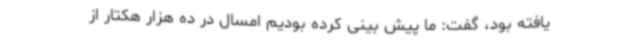
یافته بود، گفت: ما پیش بینی کرده بودیم امسال در ده هزار هکتار از